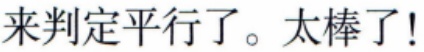
来判定平行了。太棒了!